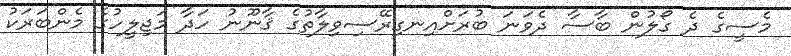
މެސީގެ ދެ ގޯލުން ބާސާ ދެވަނަ ބުރަށްއިނގިރޭސިވިލާތުގެ ޤާނޫނު ހަދާ މަޖިލީހުގެ މެންބަރަކު